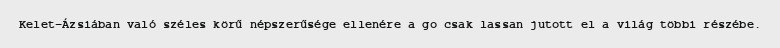
Kelet-Ázsiában való széles körű népszerűsége ellenére a go csak lassan jutott el a világ többi részébe.